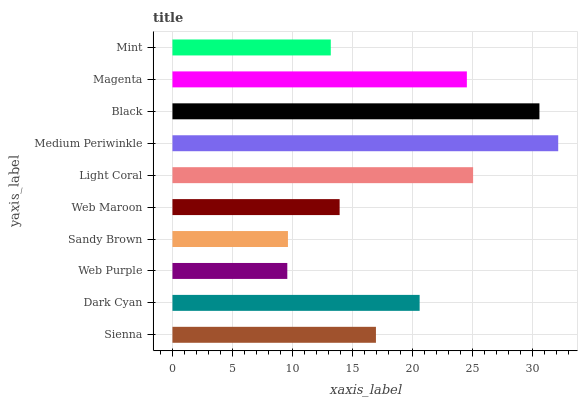
| yaxis_label | bars |
 | --- | --- |
 | Sienna | 17 |
 | Dark Cyan | 20.6 |
 | Web Purple | 9.58 |
 | Sandy Brown | 9.63 |
 | Web Maroon | 13.9 |
 | Light Coral | 25.1 |
 | Medium Periwinkle | 32.2 |
 | Black | 30.6 |
 | Magenta | 24.6 |
 | Mint | 13.2 |